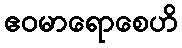
ဧဝမာရောစေဟိ